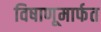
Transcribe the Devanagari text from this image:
विषाणूमार्फत